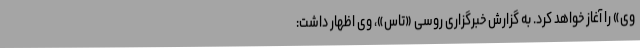
وی» را آغاز خواهد کرد. به گزارش خبرگزاری روسی «تاس»، وی اظهار داشت: